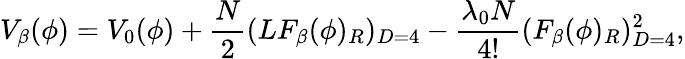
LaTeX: V_{\beta}(\phi)=V_{0}(\phi)+\frac{N}{2}(LF_{\beta}(\phi)_{R})_{D=4}-\frac{\lambda_{0}N}{4!}(F_{\beta}(\phi)_{R})_{D=4}^{2},